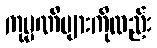
ကုမ္ပဏီများကိုလည်း